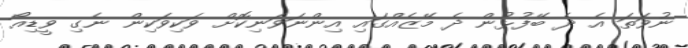
ނުވަތަ އެ ދެ ބޭފުޅުން ދެ މޭޒެއްގައި އިންނަވަނިކޮށް ވަކިވަކިން ނެގި ވީޑިއޯ